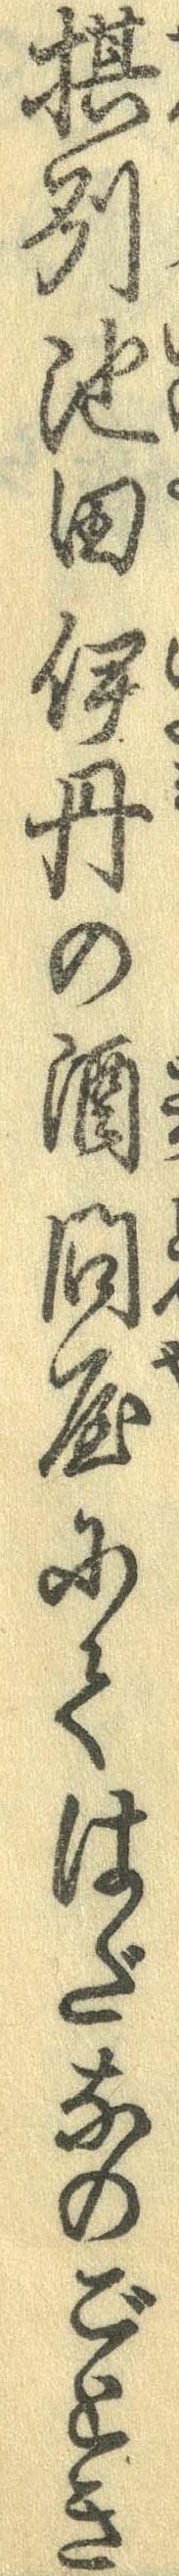
摂州池田伊丹の酒問屋にてはだなのごとき